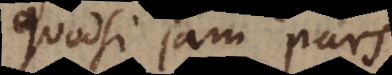
Quodsi jam pars